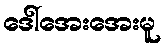
ဒေါ်အေးအေးမူ